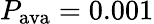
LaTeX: P_{\mathrm{ava}}=0.001